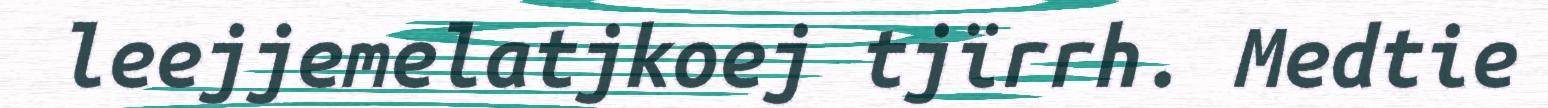
leejjemelatjkoej tjïrrh. Medtie